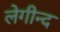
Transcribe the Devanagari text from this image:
लेगीन्द